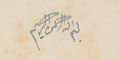
بسم الله الرحمن الرحيم